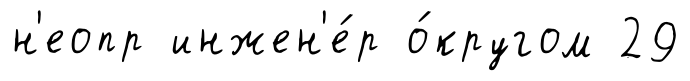
н'еопр инжен'е́р о́кругом 29